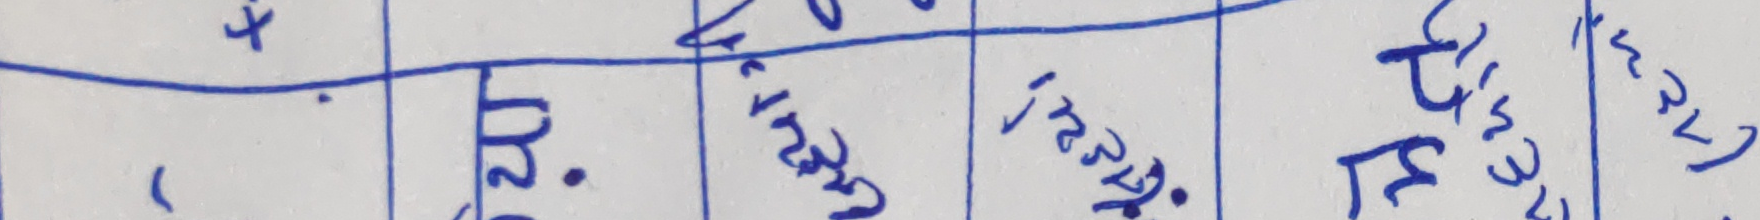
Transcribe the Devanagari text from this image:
४ ५ कँ शि मँ
२. ४१३ १२८ ट्र५३ र२)